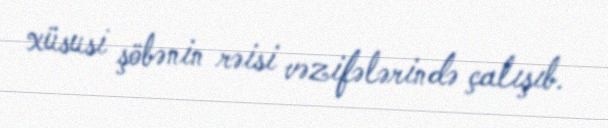
xüsusi şöbənin rəisi vəzifələrində çalışıb.